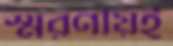
স্মরণীয়ই